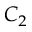
C _ { 2 }